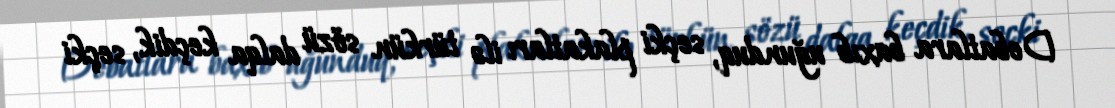
Debatlara baxıb uğunduq, seçki plakatları ilə türkün sözü dalqa keçdik, seçki